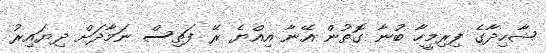
ޝާހިދާގެ ފިރިމީހާ ބުނާ ގޮތުން އޭނާ އިއްޔެ ރޭ ފަތިސް ނަމާދަށް ދިޔައިރު